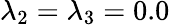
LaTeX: \lambda_{2}=\lambda_{3}=0.0